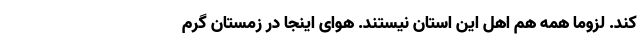
کند. لزوماً همه هم اهل این استان نیستند. هوای اینجا در زمستان گرم